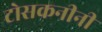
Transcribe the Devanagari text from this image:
टोसकनीनी